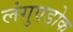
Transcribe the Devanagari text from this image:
लंगुएडोक